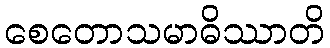
စေတောသမာဓိဿာတိ